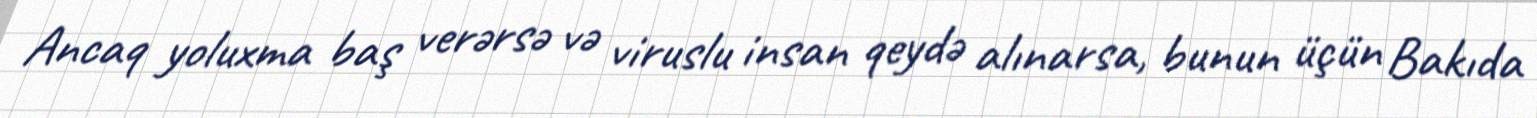
Ancaq yoluxma baş verərsə və viruslu insan qeydə alınarsa, bunun üçün Bakıda